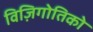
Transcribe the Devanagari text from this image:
विज़िगोतिको